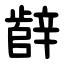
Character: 辪